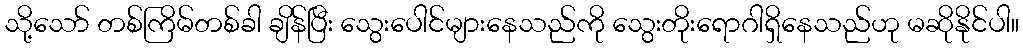
သို့သော် တစ်ကြိမ်တစ်ခါ ချိန်ပြီး သွေးပေါင်များနေသည်ကို သွေးတိုးရောဂါရှိနေသည်ဟု မဆိုနိုင်ပါ။